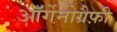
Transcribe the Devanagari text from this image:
ऑर्गेनोग्रैफ़ी